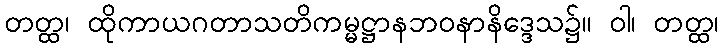
တတ္ထ၊ ထိုကာယဂတာသတိကမ္မဋ္ဌာနဘဝနာနိဒ္ဒေသ၌။ ဝါ၊ တတ္ထ၊